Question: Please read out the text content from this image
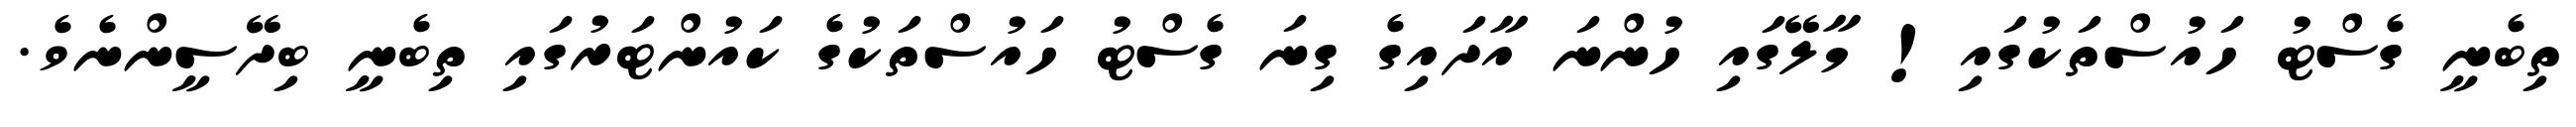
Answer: ތިބެނީ ގެސްޓު ހައުސްތަކުގައި! މާލޭގައި ހުންނަ އާދައިގެ ގިނަ ގެސްޓު ހައުސްތަކުގެ ކައުންޓަރުގައި ތިބެނީ ބިދޭސީންނެވެ.